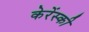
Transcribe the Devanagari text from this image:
केरेंस्की